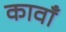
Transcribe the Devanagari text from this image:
कावाँ